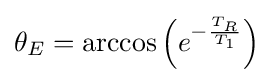
\theta _{E}=\arccos \left(e^{-{\frac {T_{R}}{T_{1}}}}\right)